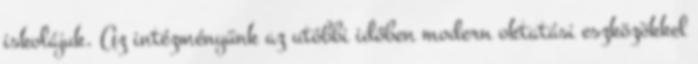
iskolájuk. Az intézményünk az utóbbi időben modern oktatási eszközökkel